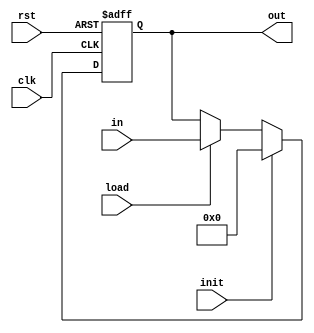
`timescale 1ns/1ns
module RegP(
	input [15:0] in, input load, init, clk, rst,
	output reg [15:0]out);

	always@(posedge clk, posedge rst)begin
		if(rst)
			out<=16'b0;
		else if (init)
			out<=16'b0;
		else if (load)
			out <= in;
	end

endmodule